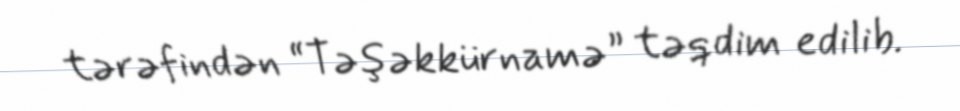
tərəfindən “Təşəkkürnamə” təqdim edilib.